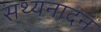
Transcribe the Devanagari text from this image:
सथ्यनादन